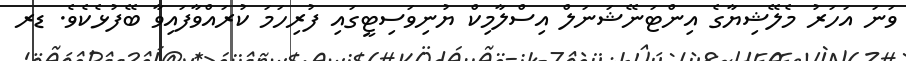
ވަނަ އަހަރު މެލޭޝިޔާގެ އިންޓަނޭޝަނަލް އިސްލާމިކް ޔުނިވަސިޓީގައި ފުރިހަމަ ކުރައްވާފައިވާ ބޭފުޅެކެވެ. ޑރ